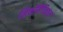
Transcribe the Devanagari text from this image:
निकॉमैकियन